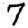
Digit: 7